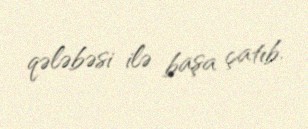
qələbəsi ilə başa çatıb.